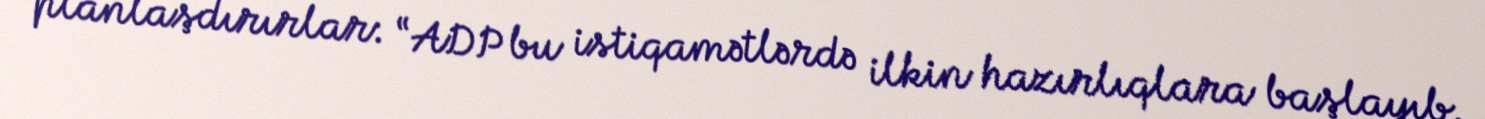
planlaşdırırlar: “ADP bu istiqamətlərdə ilkin hazırlıqlara başlayıb.